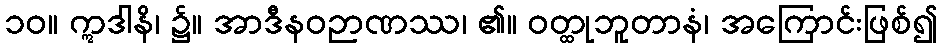
၁၀။ ဣဒါနိ၊ ၌။ အာဒီနဝဉာဏဿ၊ ၏။ ဝတ္ထုဘူတာနံ၊ အကြောင်းဖြစ်၍